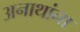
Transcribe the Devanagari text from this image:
अनाथांना